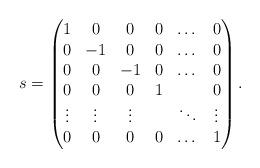
LaTeX: \begin{gather*}s=\begin{pmatrix}1&0&0&0&\dots&0\\0&-1&0&0&\dots&0\\0&0&-1&0&\dots &0\\ 0&0&0&1&&0\\\vdots&\vdots&\vdots &&\ddots&\vdots\\0&0&0&0&\dots&1\end{pmatrix}.\end{gather*}